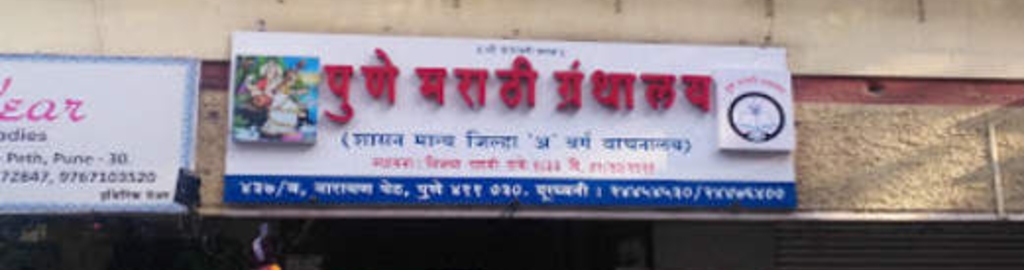
Language: marathi
Transcription: पुणे मराठी ग्रंथालय